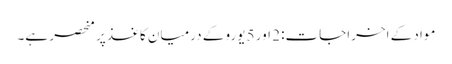
مواد کے اخراجات: 2 اور 5 یورو کے درمیان کاغذ پر منحصر ہے۔